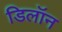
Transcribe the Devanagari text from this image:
डिलॉन